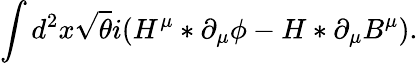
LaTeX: \int d^{2}x\sqrt{\theta}i(H^{\mu}\ast\partial_{\mu}\phi-H\ast\partial_{\mu}B^{\mu}).